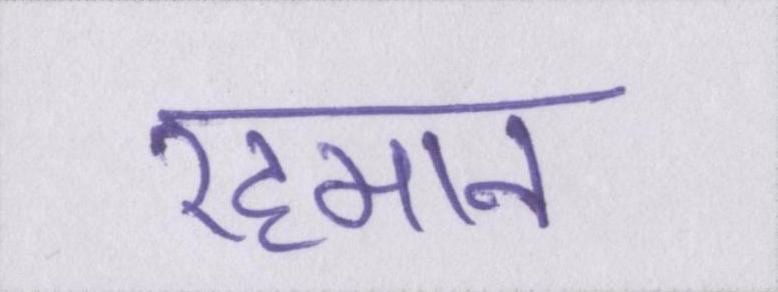
रहमान